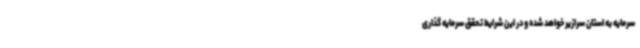
سرمایه به استان سرازیر خواهد شده و در این شرایط تحقق سرمایه گذاری